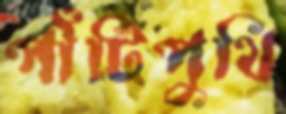
পাঁটিপুথি